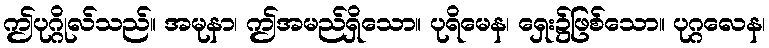
ဤပုဂ္ဂိုလ်သည်။ အမုနာ၊ ဤအမည်ရှိသော။ ပုရိမေန၊ ရှေး၌ဖြစ်သော။ ပုဂ္ဂလေန၊